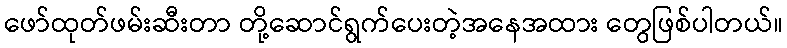
ဖော်ထုတ်ဖမ်းဆီးတာ တို့ဆောင်ရွက်ပေးတဲ့အနေအထား တွေဖြစ်ပါတယ်။